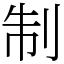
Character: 制